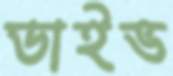
ডাইভ